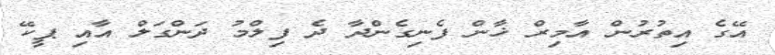
އޭގެ އިތުރުން އާމިރް ޚާން ފެނިގެންދާ ދެ ފިލްމު ދަންގަލް އާއި ޕީކޭ